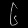
Digit: ၆